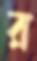
র